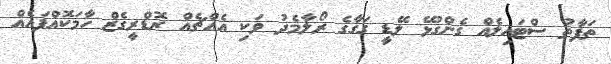
ތަފާތު ސްޓައިލެއް ގެންގުޅޭ ލޭޑީ ގަގާގެ ރޯލާމެދު ވަކި އެއްޗެއް ރޮޑްރީގެޒް ހާމަކޮއްފައެއް